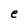
Character: e